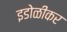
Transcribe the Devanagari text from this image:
इडोळीकर